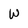
Character: W